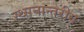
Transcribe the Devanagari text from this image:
स्थानान्तरीय